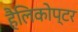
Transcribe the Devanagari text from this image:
हैलिकोप्टर